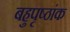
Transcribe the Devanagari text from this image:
बहुपृष्ठांक